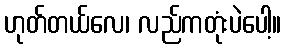
ဟုတ်တယ်လေ၊ လည်ကတုံးပဲပေါ့။